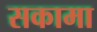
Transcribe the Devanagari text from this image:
सकामा